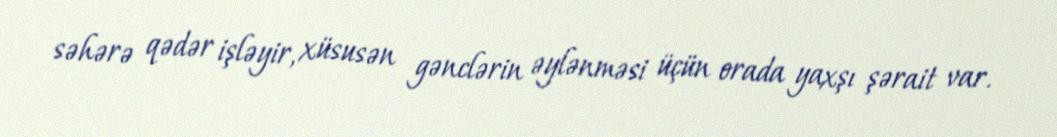
səhərə qədər işləyir, xüsusən gənclərin əylənməsi üçün orada yaxşı şərait var.